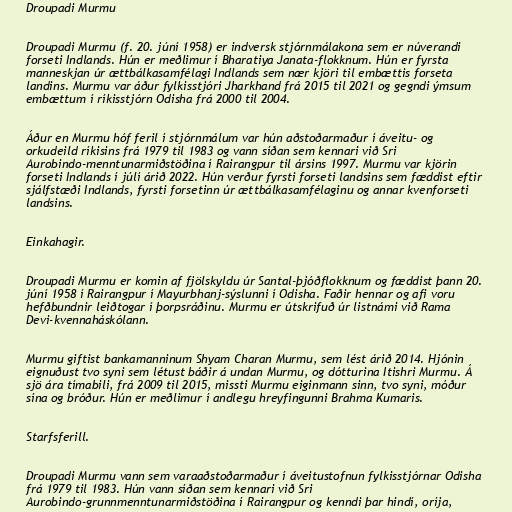
Droupadi Murmu

Droupadi Murmu (f. 20. júní 1958) er indversk stjórnmálakona sem er núverandi
forseti Indlands. Hún er meðlimur í Bharatiya Janata-flokknum. Hún er fyrsta
manneskjan úr ættbálkasamfélagi Indlands sem nær kjöri til embættis forseta
landins. Murmu var áður fylkisstjóri Jharkhand frá 2015 til 2021 og gegndi ýmsum
embættum í ríkisstjórn Odisha frá 2000 til 2004.

Áður en Murmu hóf feril í stjórnmálum var hún aðstoðarmaður í áveitu- og
orkudeild ríkisins frá 1979 til 1983 og vann síðan sem kennari við Sri
Aurobindo-menntunarmiðstöðina í Rairangpur til ársins 1997. Murmu var kjörin
forseti Indlands í júlí árið 2022. Hún verður fyrsti forseti landsins sem fæddist eftir
sjálfstæði Indlands, fyrsti forsetinn úr ættbálkasamfélaginu og annar kvenforseti
landsins.

Einkahagir.

Droupadi Murmu er komin af fjölskyldu úr Santal-þjóðflokknum og fæddist þann 20.
júní 1958 í Rairangpur í Mayurbhanj-sýslunni í Odisha. Faðir hennar og afi voru
hefðbundnir leiðtogar í þorpsráðinu. Murmu er útskrifuð úr listnámi við Rama
Devi-kvennaháskólann.

Murmu giftist bankamanninum Shyam Charan Murmu, sem lést árið 2014. Hjónin
eignuðust tvo syni sem létust báðir á undan Murmu, og dótturina Itishri Murmu. Á
sjö ára tímabili, frá 2009 til 2015, missti Murmu eiginmann sinn, tvo syni, móður
sína og bróður. Hún er meðlimur í andlegu hreyfingunni Brahma Kumaris.

Starfsferill.

Droupadi Murmu vann sem varaaðstoðarmaður í áveitustofnun fylkisstjórnar Odisha
frá 1979 til 1983. Hún vann síðan sem kennari við Sri
Aurobindo-grunnmenntunarmiðstöðina í Rairangpur og kenndi þar hindí, oríja,